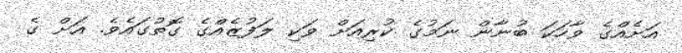
އަށެއްގެ ވާހަކަ ބުނާން ނަމުގެ ކުރިއަށް ވަކި ލަފުޒެއްގެ ގޮތުގައެވެ. އަށް ގެ